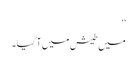
‘‘
میں طیش میں آگیا۔